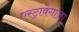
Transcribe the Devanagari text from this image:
एस्ट्रावेगांज़ा